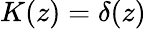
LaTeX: K(z)=\delta(z)